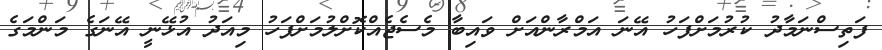
ފަތިސްނަމާދު ކުރުމަށްފަހު އޭނަ އަމްރާންއަށް ވައިބާ މެސެޖެއްކޮށްލުމަށްފަހު މިއަދު އުޅޭނީ އޭނަގެ މަންމަގެ